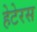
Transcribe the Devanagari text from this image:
हेटेरस